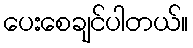
ပေးစေချင်ပါတယ်။